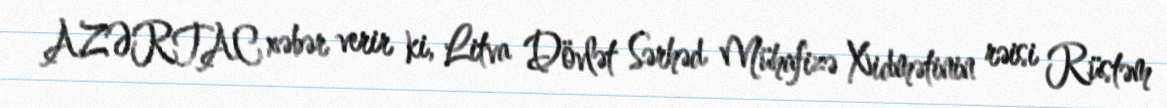
AZƏRTAC xəbər verir ki, Litva Dövlət Sərhəd Mühafizə Xidmətinin rəisi Rüstəm